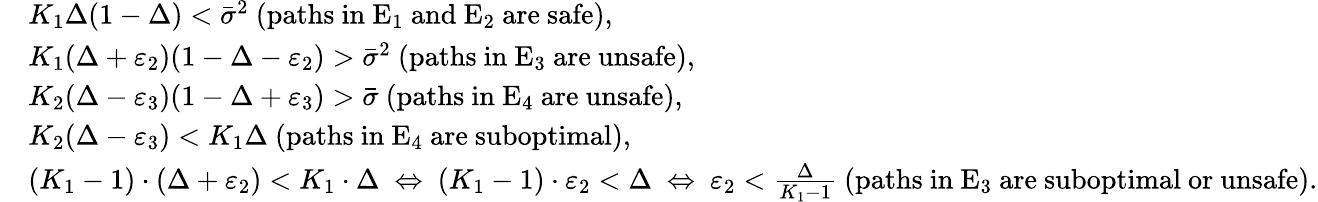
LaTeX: \begin{array}{rl}&{K_{1}\Delta(1-\Delta)<\bar{\sigma}^{2}\mathrm{~(paths~in~E_1~and~E_2~are~safe)},}\\ &{K_{1}(\Delta+\varepsilon_{2})(1-\Delta-\varepsilon_{2})>\bar{\sigma}^{2}\mathrm{~(paths~in~E_3~are~unsafe)},}\\ &{K_{2}(\Delta-\varepsilon_{3})(1-\Delta+\varepsilon_{3})>\bar{\sigma}\mathrm{~(paths~in~E_4~are~unsafe)},}\\ &{K_{2}(\Delta-\varepsilon_{3})<K_{1}\Delta\mathrm{~(paths~in~E_4~are~suboptimal)},}\\ &{(K_{1}-1)\cdot(\Delta+\varepsilon_{2})<K_{1}\cdot\Delta~\Leftrightarrow~(K_{1}-1)\cdot\varepsilon_{2}<\Delta~\Leftrightarrow~\varepsilon_{2}<\frac{\Delta}{K_{1}-1}\mathrm{~(paths~in~E_3~are~suboptimal~or~unsafe)}.}\end{array}